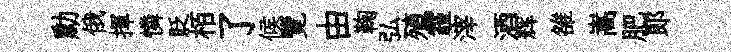
勳俄揮憐貶栢了候覽由鞠弘殖霾滓酒辉雒嵩肥郎